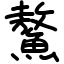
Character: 鰲